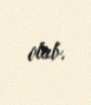
olub.